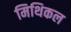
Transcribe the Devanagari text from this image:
मिथिकल